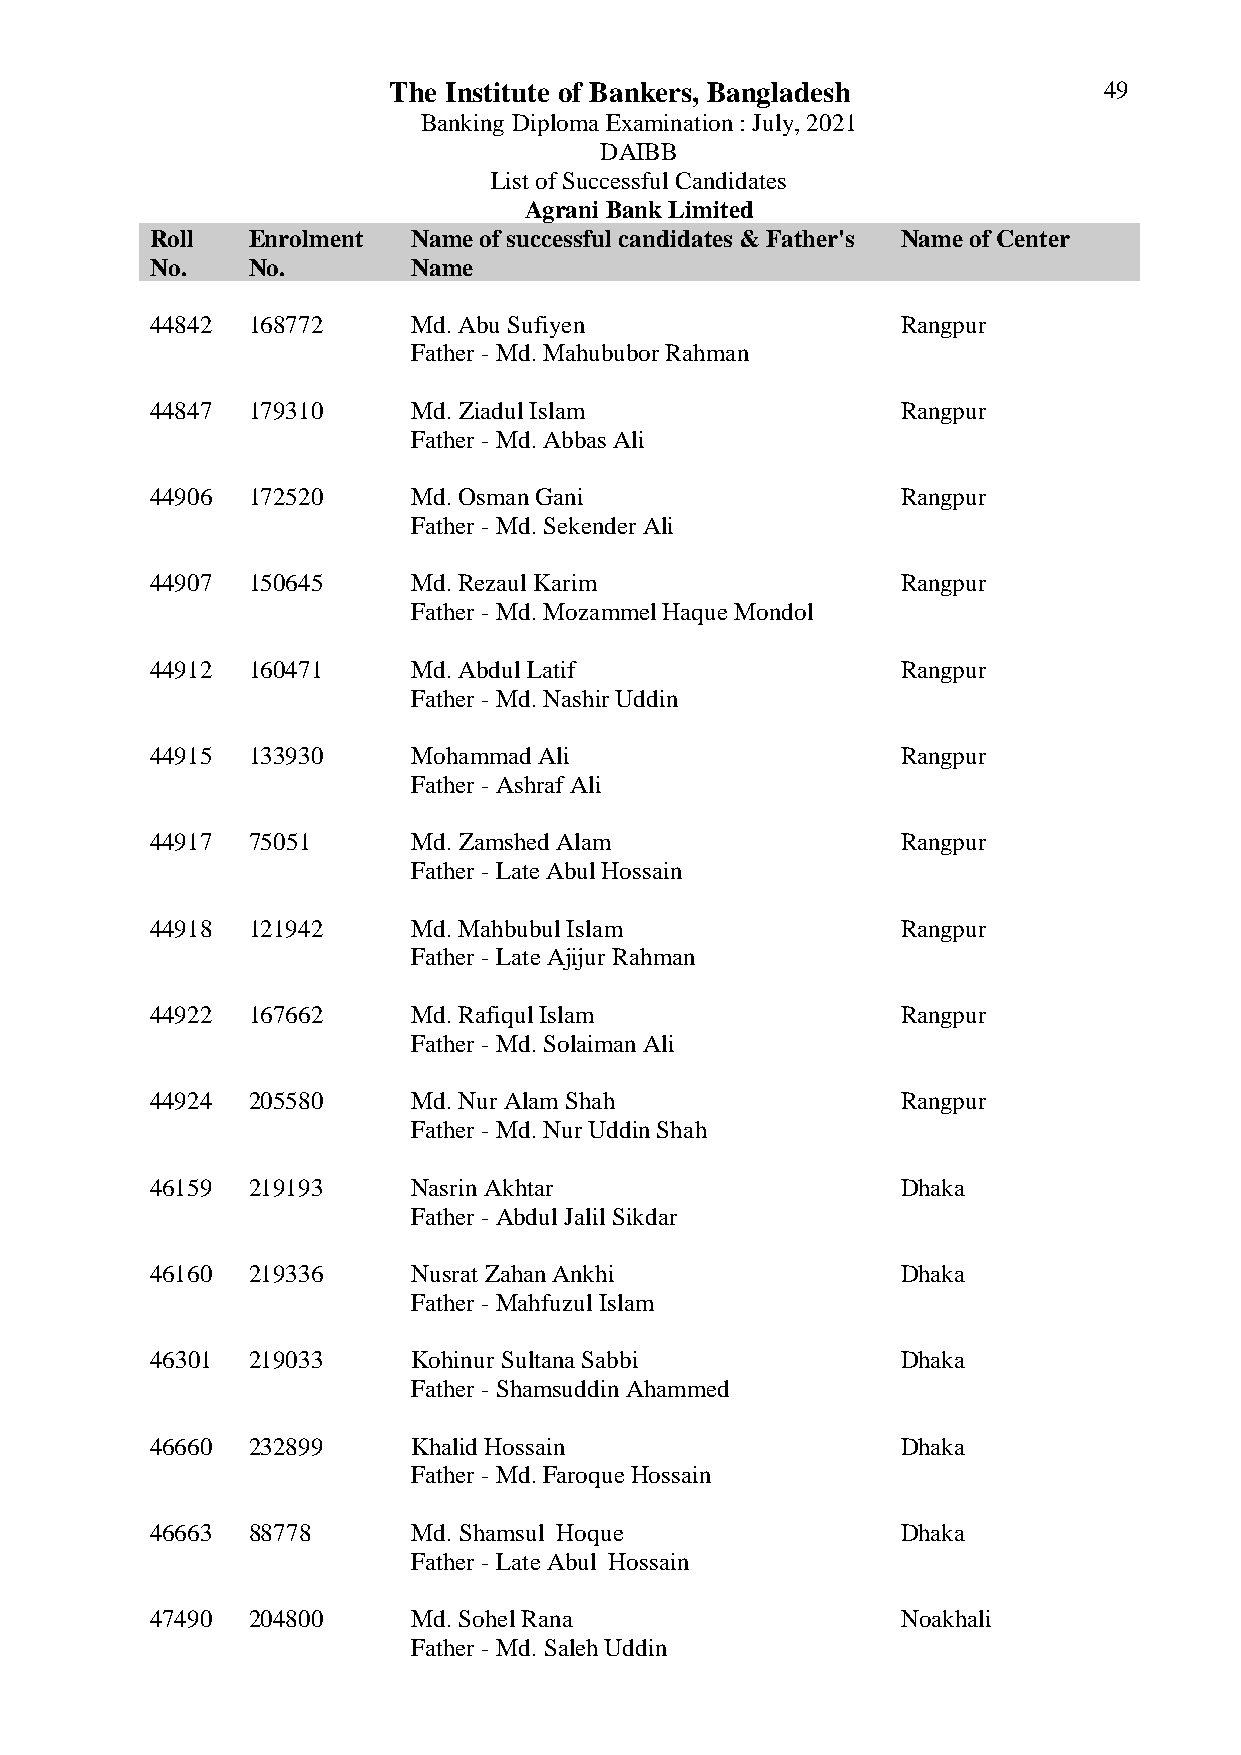
The Institute of Bankers, Bangladesh           49
 Banking Diploma Examination : July, 2021
 DAIBB
 List of Successful Candidates
 Agrani Bank Limited
 Roll  Enrolment  Name of successful candidates & Father's Name of Center
 No.   No.        Name
 44842 168772     Md. Abu Sufiyen                  Rangpur
 Father - Md. Mahububor Rahman
 44847 179310     Md. Ziadul Islam                 Rangpur
 Father - Md. Abbas Ali
 44906 172520     Md. Osman Gani                   Rangpur
 Father - Md. Sekender Ali
 44907 150645     Md. Rezaul Karim                 Rangpur
 Father - Md. Mozammel Haque Mondol
 44912 160471     Md. Abdul Latif                  Rangpur
 Father - Md. Nashir Uddin
 44915 133930     Mohammad Ali                     Rangpur
 Father - Ashraf Ali
 44917 75051      Md. Zamshed Alam                 Rangpur
 Father - Late Abul Hossain
 44918 121942     Md. Mahbubul Islam               Rangpur
 Father - Late Ajijur Rahman
 44922 167662     Md. Rafiqul Islam                Rangpur
 Father - Md. Solaiman Ali
 44924 205580     Md. Nur Alam Shah                Rangpur
 Father - Md. Nur Uddin Shah
 46159 219193     Nasrin Akhtar                    Dhaka
 Father - Abdul Jalil Sikdar
 46160 219336     Nusrat Zahan Ankhi               Dhaka
 Father - Mahfuzul Islam
 46301 219033     Kohinur Sultana Sabbi            Dhaka
 Father - Shamsuddin Ahammed
 46660 232899     Khalid Hossain                   Dhaka
 Father - Md. Faroque Hossain
 46663 88778      Md. Shamsul Hoque                Dhaka
 Father - Late Abul Hossain
 47490 204800     Md. Sohel Rana                   Noakhali
 Father - Md. Saleh Uddin